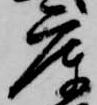
庫